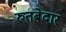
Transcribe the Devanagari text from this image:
रुतबेदार